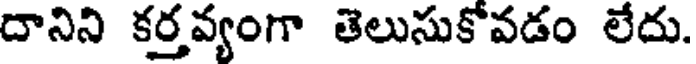
దానిని కర్తవ్యంగా తెలుసుకోవడం లేదు.